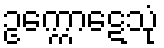
ဥက္ကောဋေသုံ